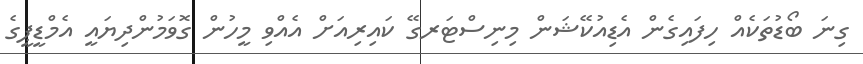
ގިނަ ބޯޑުތަކެއް ހިފައިގެން އެޑިއުކޭޝަން މިނިސްޓަރގޭ ކައިރިއަށް އެއްވި މީހުން ގޮވަމުންދިޔައީ އެމްޑީޕީގެ